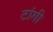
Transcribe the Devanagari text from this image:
टांगी